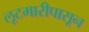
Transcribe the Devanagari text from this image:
लूटमारीपासून